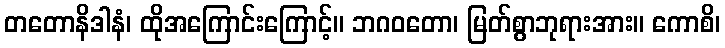
တတောနိဒါနံ၊ ထိုအကြောင်းကြောင့်။ ဘဂဝတော၊ မြတ်စွာဘုရားအား။ ကောစိ၊